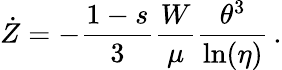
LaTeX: \dot{Z}=-\frac{1-s}{3}\frac{W}{\mu}\frac{\theta^{3}}{\ln(\eta)}\, .